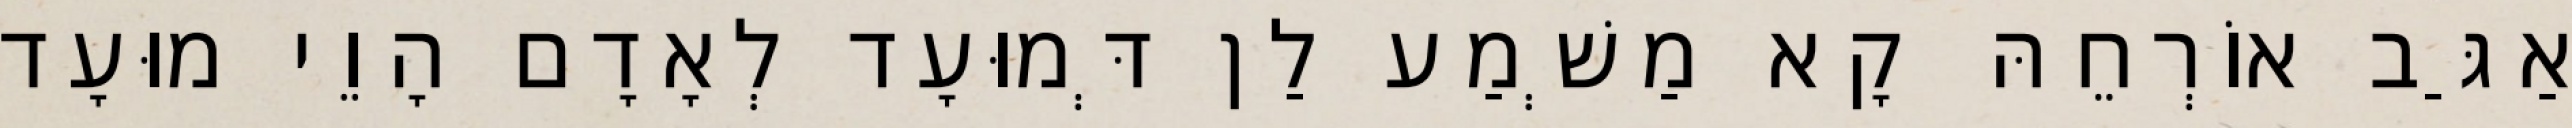
אַגַּב אוֹרְחֵהּ קָא מַשְׁמַע לַן דְּמוּעָד לְאָדָם הָוֵי מוּעָד